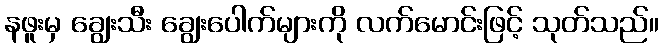
နဖူးမှ ချွေးသီး ချွေးပေါက်များကို လက်မောင်းဖြင့် သုတ်သည်။